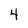
Character: 4